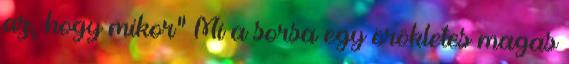
az, hogy mikor” Mi a sorsa egy örökletes magas